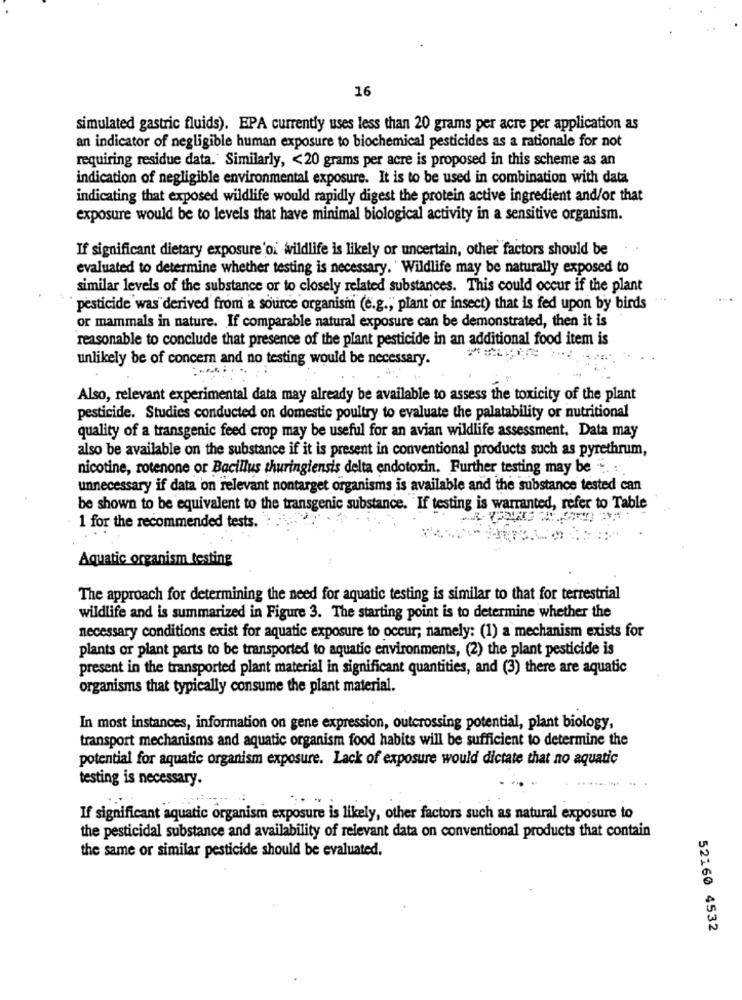
16
simulated gastric fluids). EPA currently uses less than 20 grams per acre per application as
an indicator of negligible human exposure to biochemical pesticides as a rationale for not
requiring residue data. Similarly, < 20 grams per acre is proposed in this scheme as an
indication of negligible environmental exposure. It is to be used in combination with data
indicating that exposed wildlife would rapidly digest the protein active ingredient and/or that
exposure would be to levels that have minimal biological activity in a sensitive organism.
If significant dietary exposure'oi wildlife is likely or uncertain, other factors should be
evaluated to determine whether testing is necessary. ' Wildlife may be naturally exposed to
similar levels of the substance or to closely related substances. This could occur if the plant
pesticide was derived from a source organism (e.g ., plant or insect) that is fed upon by birds
or mammals in nature. If comparable natural exposure can be demonstrated, then it is
reasonable to conclude that presence of the plant pesticide in an additional food item is
unlikely be of concern and no testing would be necessary.
Also, relevant experimental data may already be available to assess the toxicity of the plant
pesticide. Studies conducted on domestic poultry to evaluate the palatability or nutritional
quality of a transgenic feed crop may be useful for an avian wildlife assessment. Data may
also be available on the substance if it is present in conventional products such as pyrethrum,
nicotine, rotenone or Bacillus thuringiensis delta endotoxin. Further testing may be "".
unnecessary if data on relevant nontarget organisms is available and the substance tested can
be shown to be equivalent to the transgenic substance. If testing is warranted, refer to Table
1 for the recommended tests.
Aquatic organism testing
The approach for determining the need for aquatic testing is similar to that for terrestrial
wildlife and is summarized in Figure 3. The starting point is to determine whether the
necessary conditions exist for aquatic exposure to occur; namely: (1) a mechanism exists for
plants or plant parts to be transported to aquatic environments, (2) the plant pesticide is
present in the transported plant material in significant quantities, and (3) there are aquatic
organisms that typically consume the plant material.
In most instances, information on gene expression, outcrossing potential, plant biology,
transport mechanisms and aquatic organism food habits will be sufficient to determine the
potential for aquatic organism exposure. Lack of exposure would dictate that no aquatic
testing is necessary.
If significant aquatic organism exposure is likely, other factors such as natural exposure to
the pesticidal substance and availability of relevant data on conventional products that contain
the same or similar pesticide should be evaluated.
52160 4532